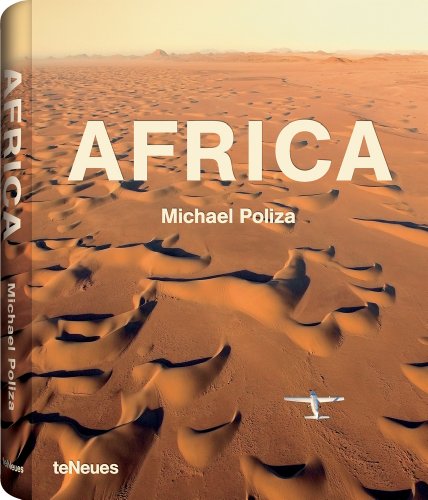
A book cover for Africa; Travel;